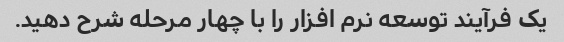
یک فرآیند توسعه نرم افزار را با چهار مرحله شرح دهید.